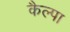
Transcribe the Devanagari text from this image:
कैल्पा